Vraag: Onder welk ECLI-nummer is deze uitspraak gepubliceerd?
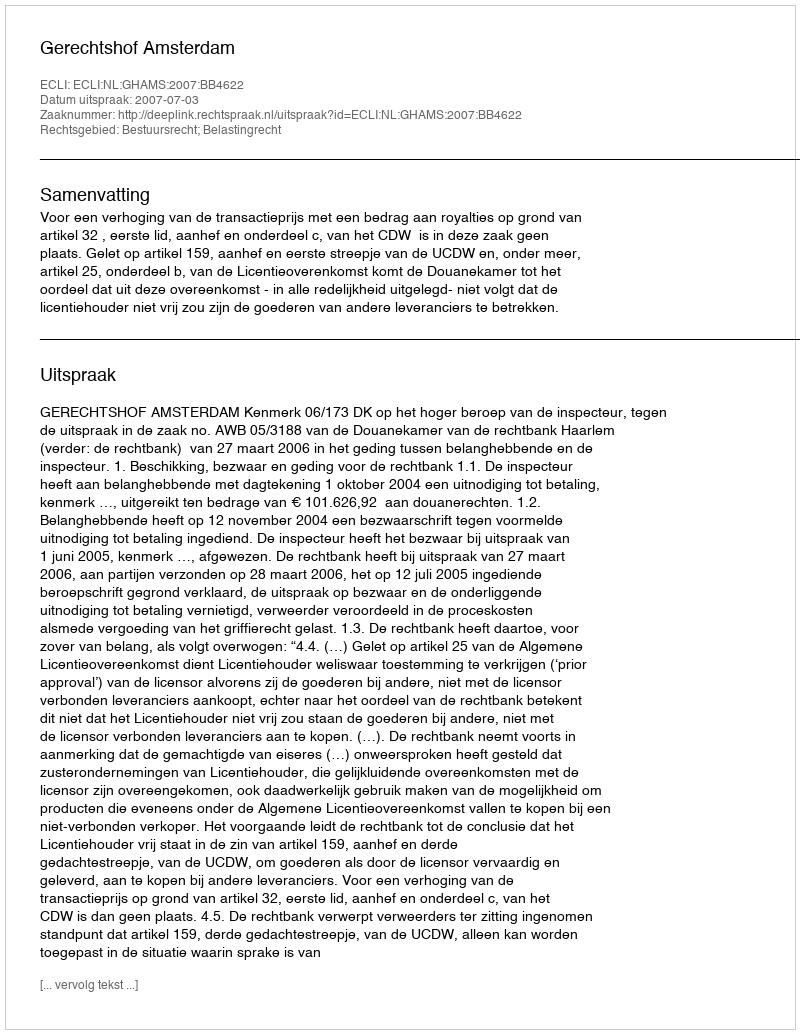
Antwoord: ECLI:NL:GHAMS:2007:BB4622